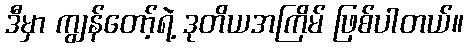
ဒီမှာ ကျွန်တော့်ရဲ့ ဒုတိယအကြိမ် ဖြစ်ပါတယ်။